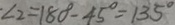
\angle 2 = 1 8 0 ^ { \circ } - 4 5 ^ { \circ } = 1 3 5 ^ { \circ }